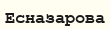
Есназарова